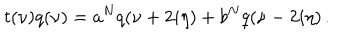
LaTeX: t ( \nu ) q ( \nu ) = a ^ { N } q ( \nu + 2 i \eta ) + b ^ { N } q ( \nu - 2 i \eta ) \, .